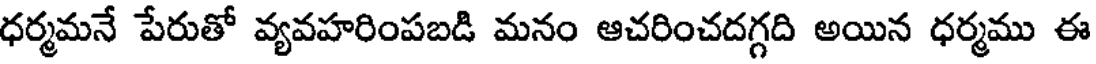
ధర్మమనే పేరుతో వ్యవహరింపబడి మనం ఆచరించదగ్గది అయిన ధర్మము ఈ